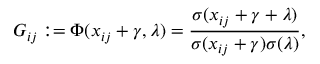
G _ { i j } : = \Phi ( x _ { i j } + \gamma , \lambda ) = \frac { \sigma ( x _ { i j } + \gamma + \lambda ) } { \sigma ( x _ { i j } + \gamma ) \sigma ( \lambda ) } ,